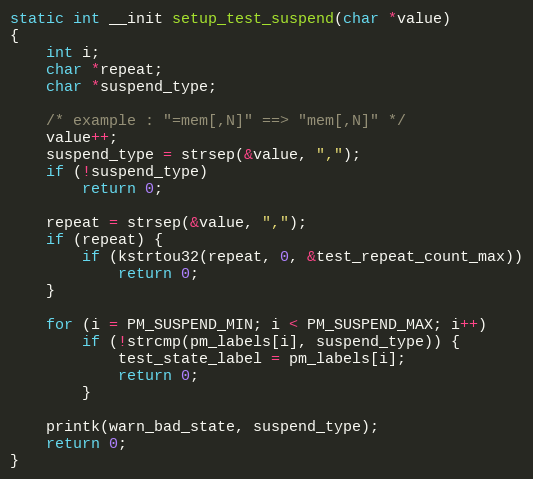
Language: C
static int __init setup_test_suspend(char *value)
{
	int i;
	char *repeat;
	char *suspend_type;

	/* example : "=mem[,N]" ==> "mem[,N]" */
	value++;
	suspend_type = strsep(&value, ",");
	if (!suspend_type)
		return 0;

	repeat = strsep(&value, ",");
	if (repeat) {
		if (kstrtou32(repeat, 0, &test_repeat_count_max))
			return 0;
	}

	for (i = PM_SUSPEND_MIN; i < PM_SUSPEND_MAX; i++)
		if (!strcmp(pm_labels[i], suspend_type)) {
			test_state_label = pm_labels[i];
			return 0;
		}

	printk(warn_bad_state, suspend_type);
	return 0;
}